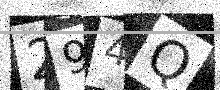
Text: 294Q